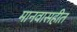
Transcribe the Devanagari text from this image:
मानवासहीत